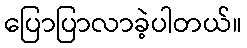
ပြောပြာလာခဲ့ပါတယ်။